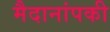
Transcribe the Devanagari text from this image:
मैदानांपकी